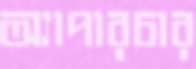
অ্যাপারচার